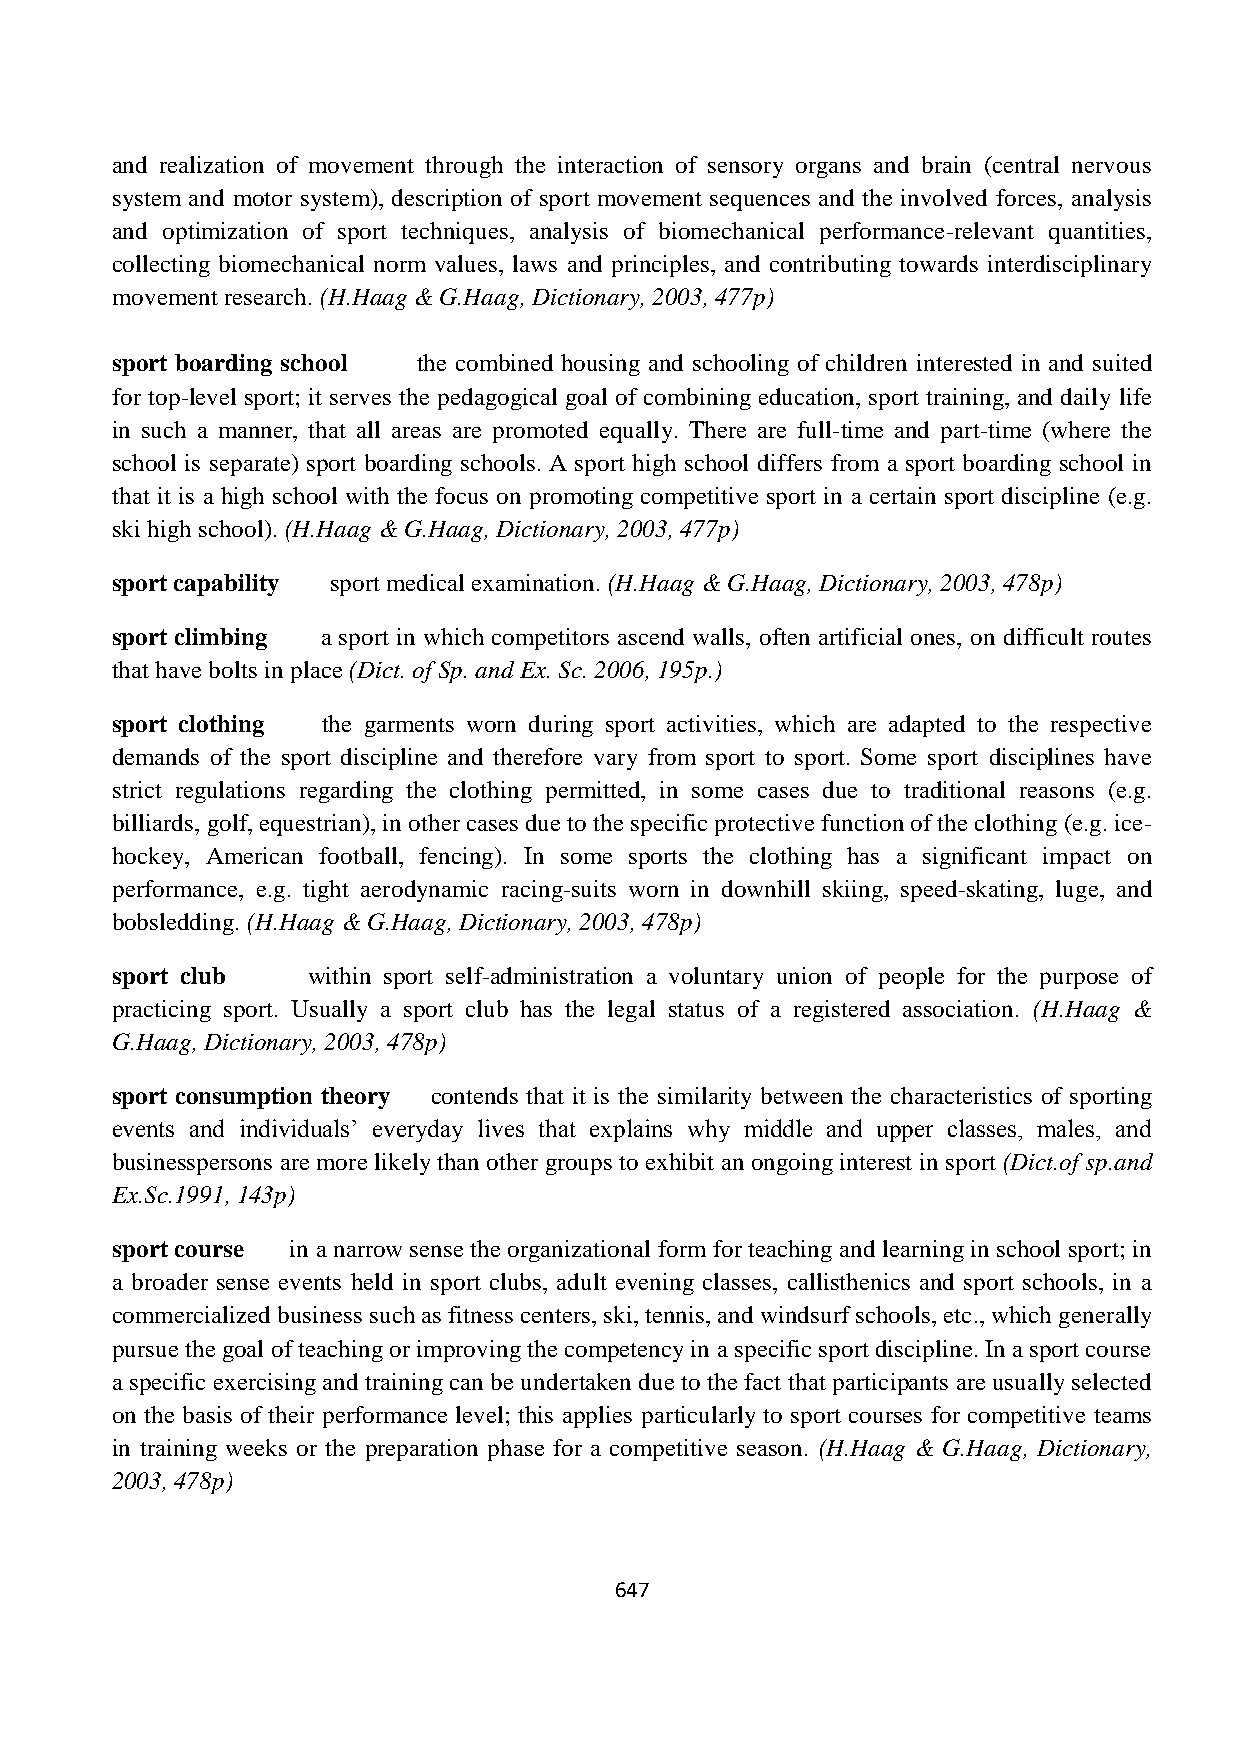
and realization of movement through the interaction of sensory organs and brain (central nervous
 system and motor system), description of sport movement sequences and the involved forces, analysis
 and optimization of sport techniques, analysis of biomechanical performance-relevant quantities,
 collecting biomechanical norm values, laws and principles, and contributing towards interdisciplinary
 movement research. (H.Haag & G.Haag, Dictionary, 2003, 477p)
 sport boarding school the combined housing and schooling of children interested in and suited
 for top-level sport; it serves the pedagogical goal of combining education, sport training, and daily life
 in such a manner, that all areas are promoted equally. There are full-time and part-time (where the
 school is separate) sport boarding schools. A sport high school differs from a sport boarding school in
 that it is a high school with the focus on promoting competitive sport in a certain sport discipline (e.g.
 ski high school). (H.Haag & G.Haag, Dictionary, 2003, 477p)
 sport capability sport medical examination. (H.Haag & G.Haag, Dictionary, 2003, 478p)
 sport climbing a sport in which competitors ascend walls, often artificial ones, on difficult routes
 that have bolts in place (Dict. of Sp. and Ex. Sc. 2006, 195p.)
 sport clothing the garments worn during sport activities, which are adapted to the respective
 demands of the sport discipline and therefore vary from sport to sport. Some sport disciplines have
 strict regulations regarding the clothing permitted, in some cases due to traditional reasons (e.g.
 billiards, golf, equestrian), in other cases due to the specific protective function of the clothing (e.g. ice-
 hockey, American football, fencing). In some sports the clothing has a significant impact on
 performance, e.g. tight aerodynamic racing-suits worn in downhill skiing, speed-skating, luge, and
 bobsledding. (H.Haag & G.Haag, Dictionary, 2003, 478p)
 sport club   within sport self-administration a voluntary union of people for the purpose of
 practicing sport. Usually a sport club has the legal status of a registered association. (H.Haag &
 G.Haag, Dictionary, 2003, 478p)
 sport consumption theory contends that it is the similarity between the characteristics of sporting
 events and individuals‟ everyday lives that explains why middle and upper classes, males, and
 businesspersons are more likely than other groups to exhibit an ongoing interest in sport (Dict.of sp.and
 Ex.Sc.1991, 143p)
 sport course in a narrow sense the organizational form for teaching and learning in school sport; in
 a broader sense events held in sport clubs, adult evening classes, callisthenics and sport schools, in a
 commercialized business such as fitness centers, ski, tennis, and windsurf schools, etc., which generally
 pursue the goal of teaching or improving the competency in a specific sport discipline. In a sport course
 a specific exercising and training can be undertaken due to the fact that participants are usually selected
 on the basis of their performance level; this applies particularly to sport courses for competitive teams
 in training weeks or the preparation phase for a competitive season. (H.Haag & G.Haag, Dictionary,
 2003, 478p)
 647